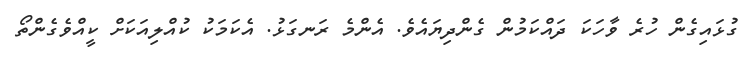
ގުޅައިގެން ހުރެ ވާހަކަ ދައްކަމުން ގެންދިޔައެވެ. އެންމެ ރަނގަޅު. އެކަމަކު ކުއްލިއަކަށް ކީއްވެގެންތޯ